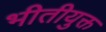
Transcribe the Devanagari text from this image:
भीतीयुक्त